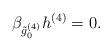
LaTeX: \begin{align*}\beta_{\tilde g_0^{(4)}}h^{(4)}=0.\end{align*}